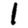
Digit: 1